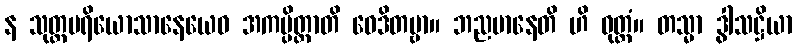
န သုတ္တပရိယောသာနေယေဝ အကမ္ပိတ္ထာတိ ဝေဒိတဗ္ဗာ။ ဘညမာနေတိ ဟိ ဝုတ္တံ။ တသ္မာ ဒွါသဋ္ဌိယာ